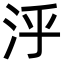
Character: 泘